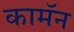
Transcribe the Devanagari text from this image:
कामॅन